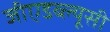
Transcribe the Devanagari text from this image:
जीएडब्ल्यूसी